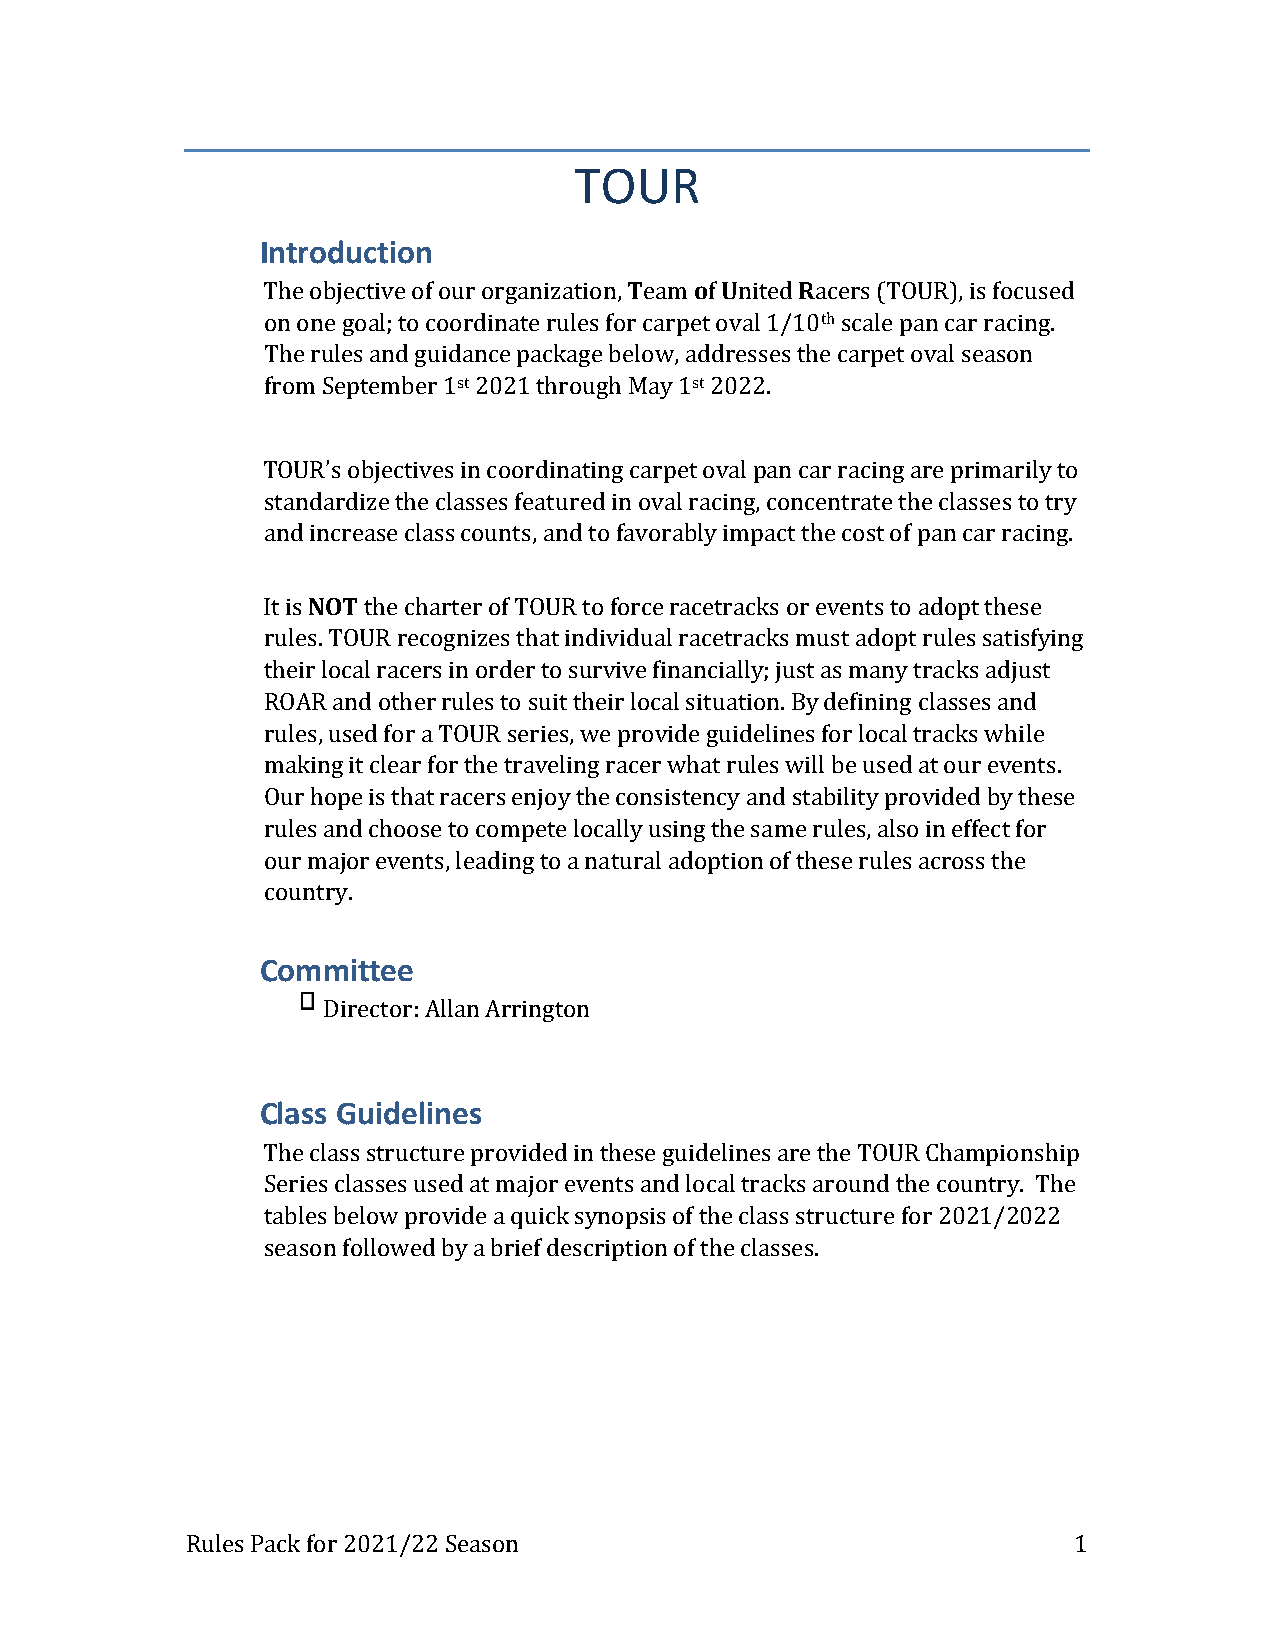
TOUR
 Introduction
 The objective of our organization, Team of United Racers (TOUR), is focused
 on one goal; to coordinate rules for carpet oval 1/10th scale pan car racing.
 The rules and guidance package below, addresses the carpet oval season
 from September 1st 2021 through May 1st 2022.
 TOUR’s objectives in coordinating carpet oval pan car racing are primarily to
 standardize the classes featured in oval racing, concentrate the classes to try
 and increase class counts, and to favorably impact the cost of pan car racing.
 It is NOT the charter of TOUR to force racetracks or events to adopt these
 rules. TOUR recognizes that individual racetracks must adopt rules satisfying
 their local racers in order to survive financially; just as many tracks adjust
 ROAR and other rules to suit their local situation. By defining classes and
 rules, used for a TOUR series, we provide guidelines for local tracks while
 making it clear for the traveling racer what rules will be used at our events.
 Our hope is that racers enjoy the consistency and stability provided by these
 rules and choose to compete locally using the same rules, also in effect for
 our major events, leading to a natural adoption of these rules across the
 country.
 Committee
 Director: Allan Arrington
 Class Guidelines
 The class structure provided in these guidelines are the TOUR Championship
 Series classes used at major events and local tracks around the country. The
 tables below provide a quick synopsis of the class structure for 2021/2022
 season followed by a brief description of the classes.
 Rules Pack for 2021/22 Season                              1